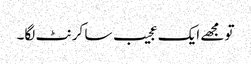
تو مجھے ایک عجیب سا کرنٹ لگا۔